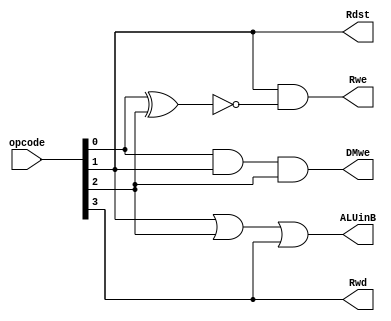
module opcode_convert(DMwe, Rwe, Rwd, Rdst, ALUinB, opcode);
	input [4:0] opcode;
	output DMwe, Rwe, Rwd, Rdst, ALUinB;
	

	

	assign DMwe = opcode[0] & opcode[1] & opcode[2];
	assign Rwe = opcode[1] & ~(opcode[0] ^ opcode[2]);
	assign Rwd = opcode[3];
	assign Rdst = opcode[1];
	assign ALUinB = opcode[1] | opcode[2] | opcode[3];


endmodule

module sx(output_immediate, immediate);
	input [16:0] immediate;
	output [31:0] output_immediate;
	
	assign output_immediate[16:0] = immediate;
	genvar i;
	generate
	  for(i = 17; i < 32; i = i + 1) begin: sx
			assign output_immediate[i] = immediate[16];
	  end
	endgenerate

endmodule